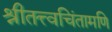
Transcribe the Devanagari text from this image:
श्रीतत्त्वचिंतामणि